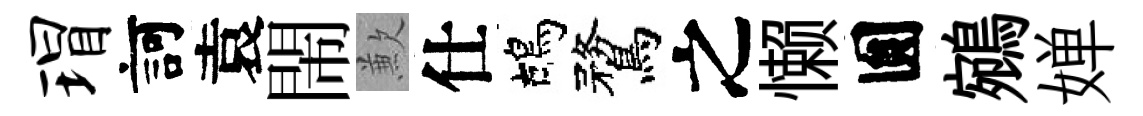
瑁訶袁閙歉仕鴣鶩之懒圎鵷婵